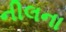
નીલના